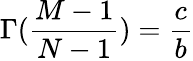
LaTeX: \Gamma(\frac{M-1}{N-1})=\frac{c}{b}